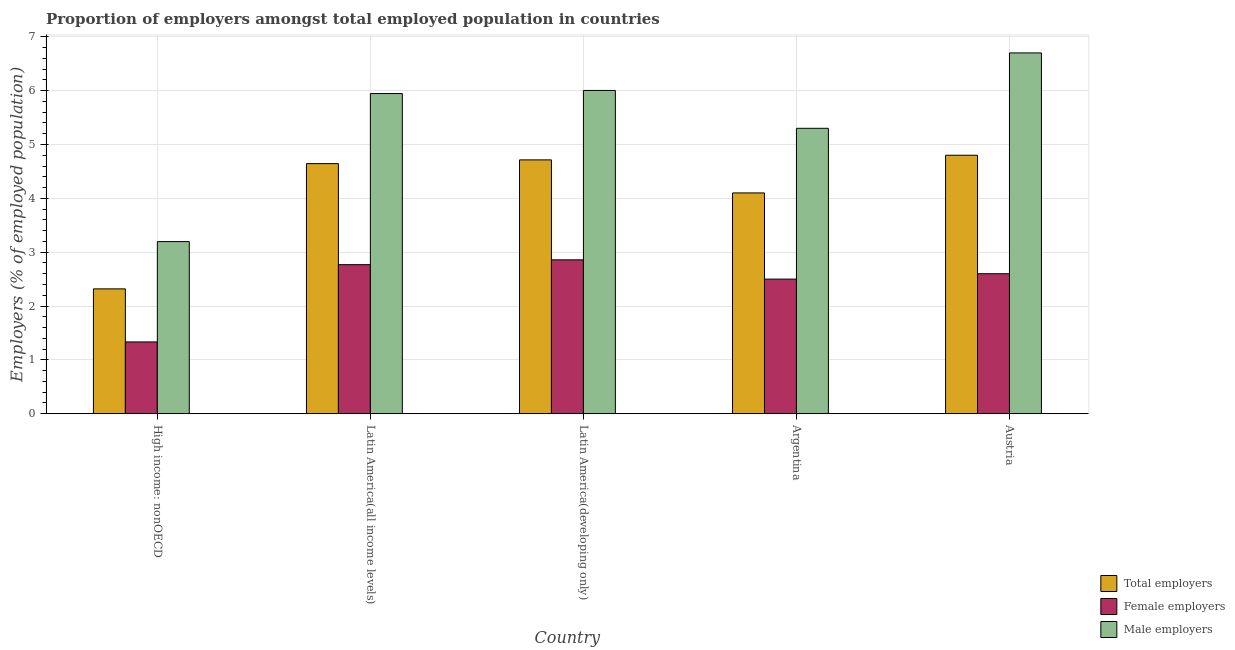
| Country | Total employers | Female employers | Male employers |
 | --- | --- | --- | --- |
 | High income: nonOECD | 2.32 | 1.33 | 3.2 |
 | Latin America(all income levels) | 4.64 | 2.77 | 5.95 |
 | Latin America(developing only) | 4.71 | 2.86 | 6 |
 | Argentina | 4.1 | 2.5 | 5.3 |
 | Austria | 4.8 | 2.6 | 6.7 |